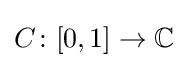
C\colon [0,1]\to \mathbb {C}